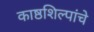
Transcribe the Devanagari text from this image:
काष्ठशिल्पांचे